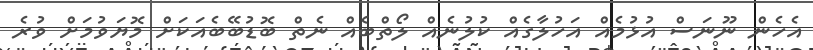
އެހެން ނޫނަސް އުޅުމެއް އަހުލާގެއް ކުލުނެއް ލޯތްބެއް ނެތް ބޮޑުބޭބެއަކަށް މޮޔަވުމަށް ވުރެ